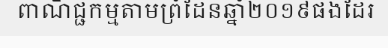
ពាណិជ្ជកម្មតាមព្រំដែនឆ្នាំ២០១៩ផងដែរ